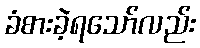
ခံစားခဲ့ရသော်လည်း